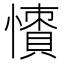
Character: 𢢻